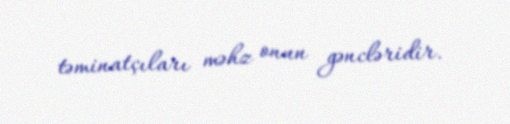
təminatçıları məhz onun gəncləridir.